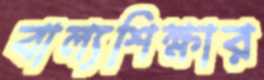
বাল্যশিক্ষার